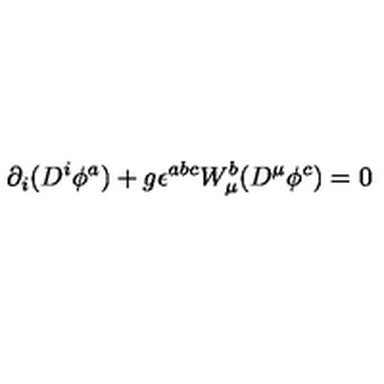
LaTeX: \partial _ { i } ( D ^ { i } \phi ^ { a } ) + g \epsilon ^ { a b c } W _ { \mu } ^ { b } ( D ^ { \mu } \phi ^ { c } ) = 0